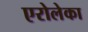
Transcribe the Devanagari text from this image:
एरोलेका